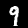
Digit: 9